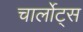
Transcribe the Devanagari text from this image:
चार्लोट्स